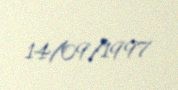
14/09/1997